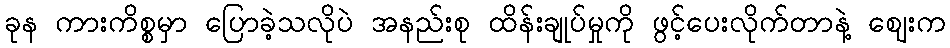
ခုန ကားကိစ္စမှာ ပြောခဲ့သလိုပဲ အနည်းစု ထိန်းချုပ်မှုကို ဖွင့်ပေးလိုက်တာနဲ့ ဈေးက